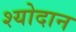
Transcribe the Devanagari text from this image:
श्योदान